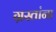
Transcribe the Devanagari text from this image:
ग्रस्तांना